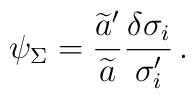
\psi_\Sigma = {\widetilde{a}' \over \widetilde{a}} {\delta\sigma_i \over \sigma_i'} \,.